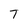
Character: T